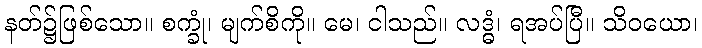
နတ်၌ဖြစ်သော။ စက္ခုံ၊ မျက်စိကို။ မေ၊ ငါသည်။ လဒ္ဓံ၊ ရအပ်ပြီ။ သိဝယော၊